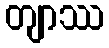
တျာဿ